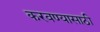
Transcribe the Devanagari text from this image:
करवण्यासाठी